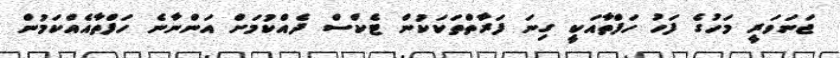
ޖަނަވަރީ މަހުގެ ފަހު ހަފްތާއަކީ ގިނަ ފަރާތްތަކަކުން ޓެކްސް ދެއްކުމަށް އަންނާނެ ހަފްތާއެއްކަމުން